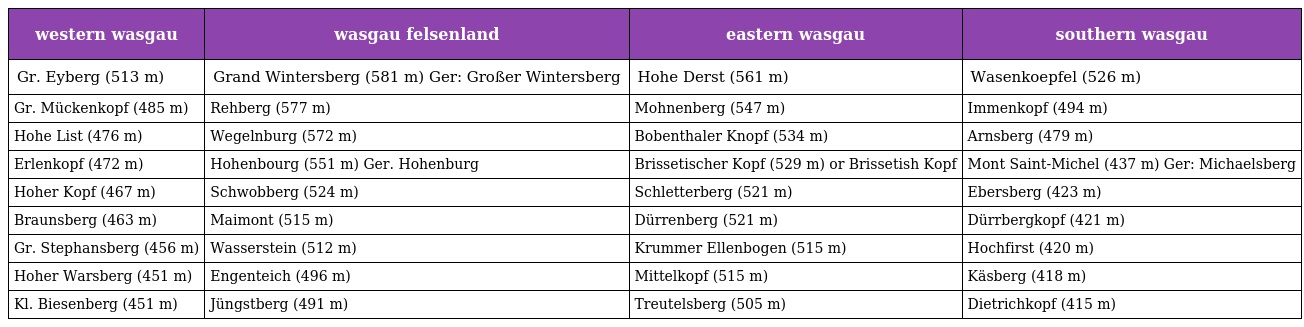
| western wasgau | wasgau felsenland | eastern wasgau | southern wasgau |
 | --- | --- | --- | --- |
 | Gr. Eyberg (513 m) | Grand Wintersberg (581 m) Ger: Großer Wintersberg | Hohe Derst (561 m) | Wasenkoepfel (526 m) |
 | Gr. Mückenkopf (485 m) | Rehberg (577 m) | Mohnenberg (547 m) | Immenkopf (494 m) |
 | Hohe List (476 m) | Wegelnburg (572 m) | Bobenthaler Knopf (534 m) | Arnsberg (479 m) |
 | Erlenkopf (472 m) | Hohenbourg (551 m) Ger. Hohenburg | Brissetischer Kopf (529 m) or Brissetish Kopf | Mont Saint-Michel (437 m) Ger: Michaelsberg |
 | Hoher Kopf (467 m) | Schwobberg (524 m) | Schletterberg (521 m) | Ebersberg (423 m) |
 | Braunsberg (463 m) | Maimont (515 m) | Dürrenberg (521 m) | Dürrbergkopf (421 m) |
 | Gr. Stephansberg (456 m) | Wasserstein (512 m) | Krummer Ellenbogen (515 m) | Hochfirst (420 m) |
 | Hoher Warsberg (451 m) | Engenteich (496 m) | Mittelkopf (515 m) | Käsberg (418 m) |
 | Kl. Biesenberg (451 m) | Jüngstberg (491 m) | Treutelsberg (505 m) | Dietrichkopf (415 m) |